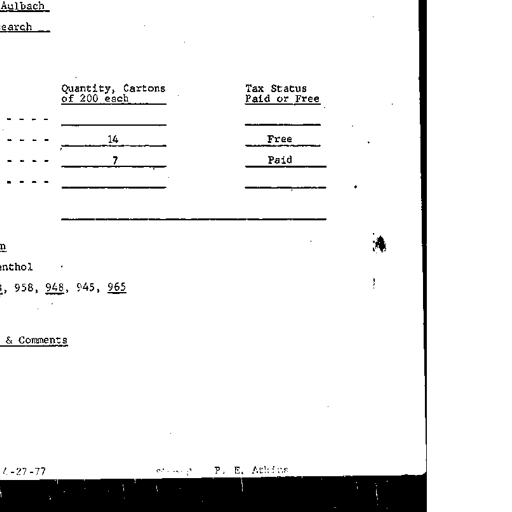
Aulbach
Quantity, Cartons of 200 each
Tax Status Paid or Free
14
Free
7
Paid
enthol
958, 948, 945, 965
& Comments
4-27-77
P. E. Atkins